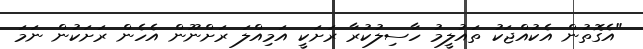
"އެގޮތުން އެކުއްޖަކު ތައުލީމު ހާސިލުކުރާ ރަށަކީ އަމިއްލަ ރަށްނޫން އެހެން ރަށަކުން ނަމަ